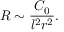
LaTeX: R \sim { \frac { C _ { 0 } } { l ^ { 2 } r ^ { 2 } } } .